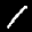
Label: 1